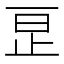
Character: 𬅺